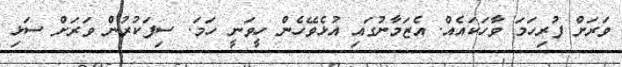
ވަރަށް ފުރިހަމަ ވާހަކައެއް. އެޒަމާނުގައި އުޅެވޭހެން ހީވަނީ ހަމަ. ސިފަކުރުން ވަރަށް ސަޅި